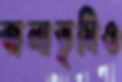
জলাভূমিও